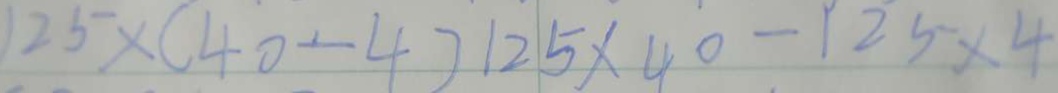
1 2 5 \times ( 4 0 - 4 ) 1 2 5 \times 4 0 - 1 2 5 \times 4